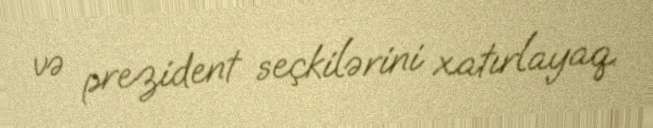
və prezident seçkilərini xatırlayaq.